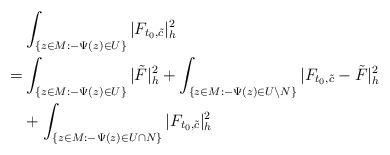
LaTeX: \begin{align*}&\int_{ \{z\in M:-\Psi(z)\in U\}}|F_{t_0,\tilde{c}}|^2_h\\= & \int_{\{z\in M:-\Psi(z)\in U\}}|\tilde F|^2_h+\int_{\{z\in M:-\Psi(z)\in U\backslash N\}}|F_{t_0,\tilde{c}}-\tilde F|^2_h\\&+\int_{ \{z\in M: -\Psi(z)\in U\cap N\}}|F_{t_0,\tilde{c}}|^2_h\end{align*}